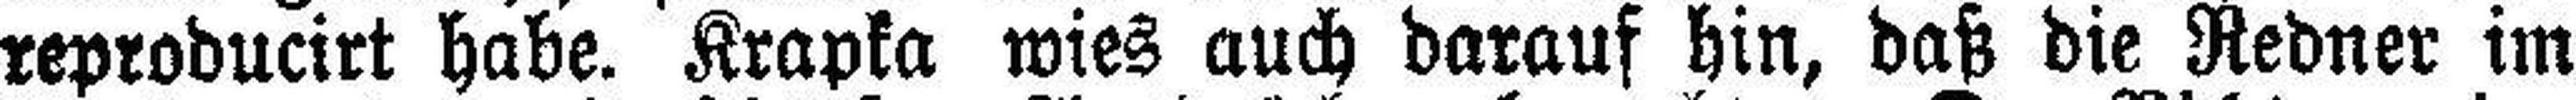
reproducirt habe. Krapka wies auch darauf hin, daß die Redner im